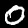
Digit: 0